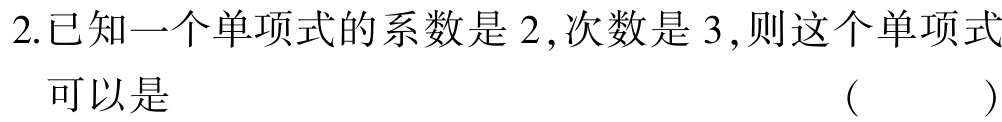
2.已知一个单项式的系数是2,次数是3,则这个单项式
可以是 （  ）